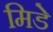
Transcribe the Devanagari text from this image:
मिडे